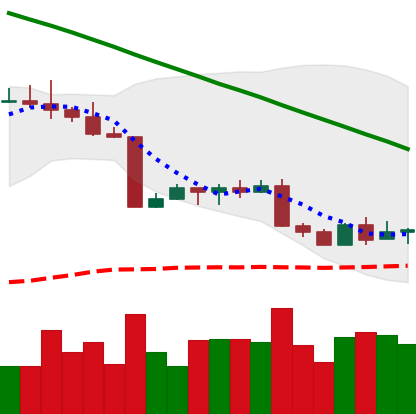
Ticker: BTC-USD
Chart end date: 2022-09-01
Forward return: -6.407%
Label: down_5_7